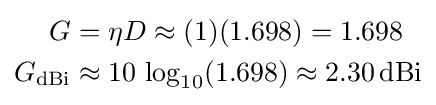
{\begin{aligned}G&=\eta D\approx (1)(1.698)=1.698\\G_{\text{dBi}}&\approx 10\,\log _{10}(1.698)\approx 2.30\,{\text{dBi}}\end{aligned}}